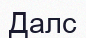
Далс